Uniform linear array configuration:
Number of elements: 24
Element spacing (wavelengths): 0.75
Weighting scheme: cosine
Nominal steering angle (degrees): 0
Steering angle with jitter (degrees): -0.5126
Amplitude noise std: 0.05
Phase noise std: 0.05

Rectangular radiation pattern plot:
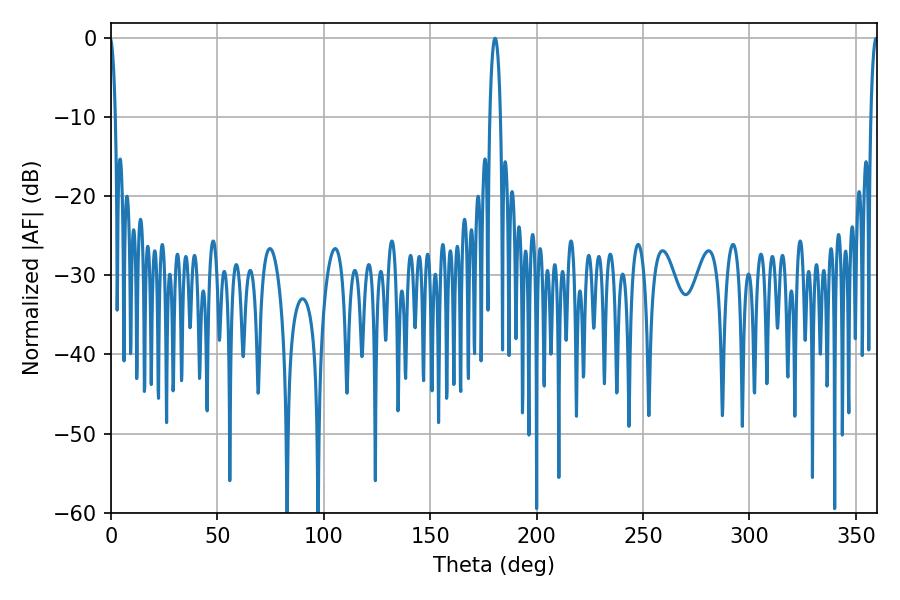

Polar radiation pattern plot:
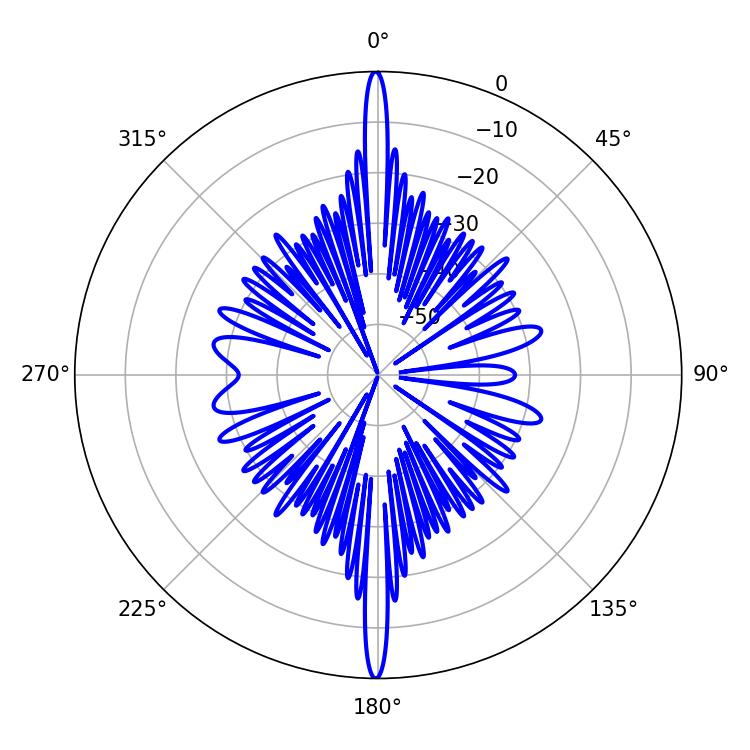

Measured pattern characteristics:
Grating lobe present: TRUE
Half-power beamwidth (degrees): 1.8
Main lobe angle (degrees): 359.46